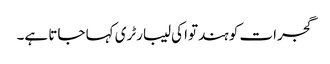
گجرات کو ہندتوا کی لیبارٹری کہا جاتا ہے۔